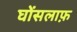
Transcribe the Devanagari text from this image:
घोंसलाफ़